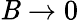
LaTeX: \mathit{B}\rightarrow0